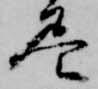
尽